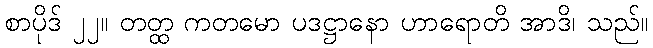
စာပိုဒ် ၂၂။ တတ္ထ ကတမော ပဒဋ္ဌာနော ဟာရောတိ အာဒိ၊ သည်။